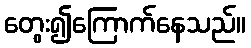
တွေး၍ကြောက်နေသည်။